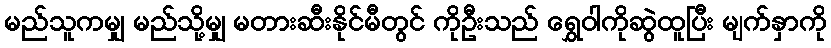
မည်သူကမျှ မည်သို့မျှ မတားဆီးနိုင်မီတွင် ကိုဦးသည် ရွှေဝါကိုဆွဲထူပြီး မျက်နှာကို